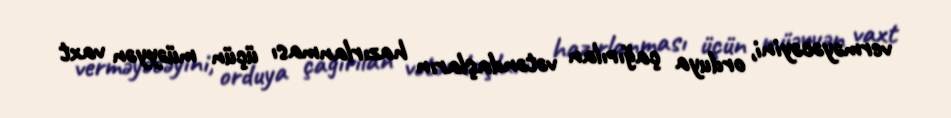
verməyəcəyini, orduya çağırılan vətəndaşların hazırlanması üçün müəyyən vaxt